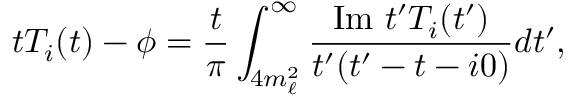
t T _ { i } ( t ) - \phi = \frac { t } { \pi } \int _ { 4 m _ { \ell } ^ { 2 } } ^ { \infty } \frac { \mathrm { I m } \, \, t ^ { \prime } T _ { i } ( t ^ { \prime } ) } { t ^ { \prime } ( t ^ { \prime } - t - i 0 ) } d t ^ { \prime } ,